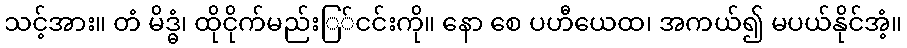
သင့်အား။ တံ မိဒ္ဓံ၊ ထိုငိုက်မည်းြ်ငင်းကို။ နော စေ ပဟီယေထ၊ အကယ်၍ မပယ်နိုင်အံ့။